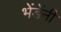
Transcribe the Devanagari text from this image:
भेंडेंनी